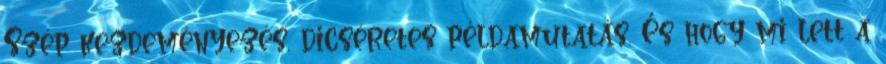
Szép kezdeményezés, dicséretes példamutatás. És hogy mi lett a